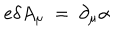
LaTeX: e \delta A _ { \mu } ~ = ~ \partial _ { \mu } \alpha